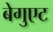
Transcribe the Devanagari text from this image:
बेगुएट